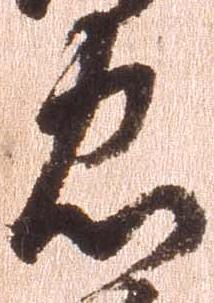
忠